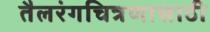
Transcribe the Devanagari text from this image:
तैलरंगचित्रणासाठी